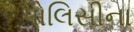
પોલિસીના